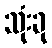
သုံးခု